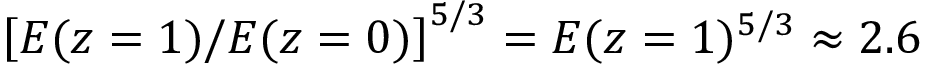
\left[ E ( z = 1 ) / E ( z = 0 ) \right] ^ { 5 / 3 } = E ( z = 1 ) ^ { 5 / 3 } \approx 2 . 6